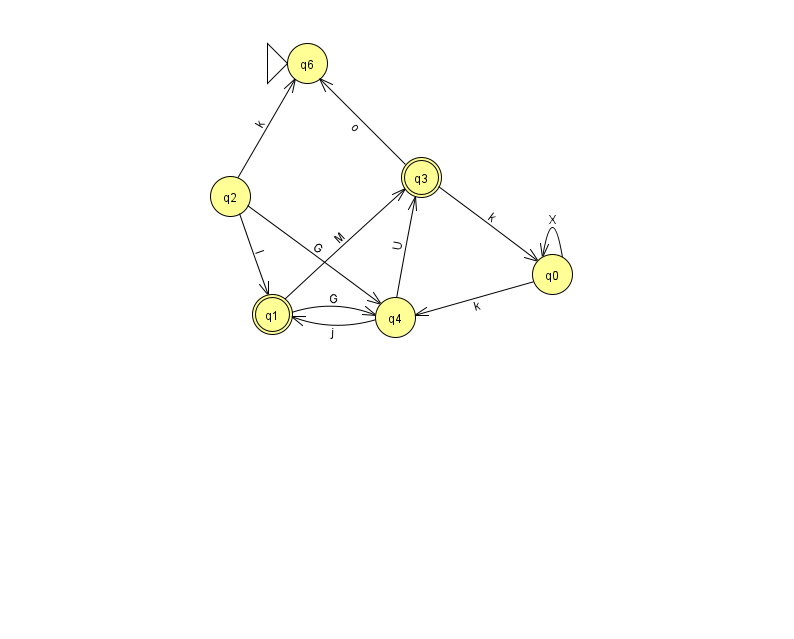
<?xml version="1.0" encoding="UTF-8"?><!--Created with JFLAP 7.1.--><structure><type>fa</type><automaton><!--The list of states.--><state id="0" name="q0"><x>552.0</x><y>261.0</y></state><state id="1" name="q1"><x>272.0</x><y>301.0</y><final/></state><state id="2" name="q2"><x>230.0</x><y>183.0</y></state><state id="3" name="q3"><x>421.0</x><y>164.0</y><final/></state><state id="4" name="q4"><x>395.0</x><y>304.0</y></state><state id="6" name="q6"><x>307.0</x><y>50.0</y><initial/></state><!--The list of transitions.--><transition><from>2</from><to>1</to><read>I</read></transition><transition><from>1</from><to>3</to><read>M</read></transition><transition><from>2</from><to>4</to><read>G</read></transition><transition><from>4</from><to>3</to><read>U</read></transition><transition><from>0</from><to>4</to><read>k</read></transition><transition><from>3</from><to>0</to><read>k</read></transition><transition><from>4</from><to>1</to><read>j</read></transition><transition><from>0</from><to>0</to><read>X</read></transition><transition><from>1</from><to>4</to><read>G</read></transition><transition><from>3</from><to>6</to><read>o</read></transition><transition><from>2</from><to>6</to><read>k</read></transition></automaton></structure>